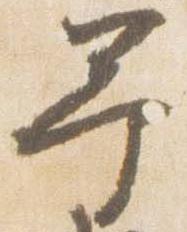
予